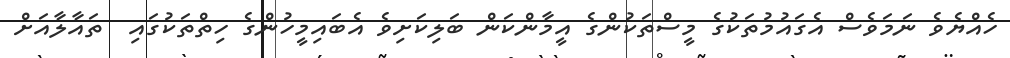
ހެއްޔެވެ ނަމަވެސް އެގައުމުތަކުގެ މީސްތަކުންގެ އީމާންކަން ބަލިކަށިވެ އެބައިމީހުންގެ ހިތްތަކުގައި  ތައާލާއަށް